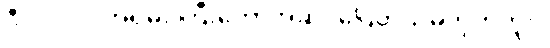
ဒီလိုပါပဲ။ အရမ်း ကြီးတော့အဆင်ပြေတယ်မဟုတ်ဘူး။